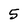
Character: 5